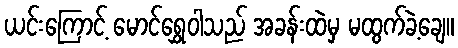
ယင်းကြောင့် မောင်ရွှေဝါသည် အခန်းထဲမှ မထွက်ခဲ့ချေ။